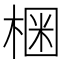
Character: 𣕳